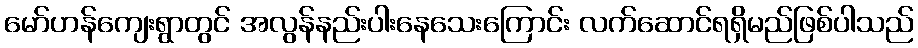
မော်ဟန်ကျေးရွာတွင် အလွန်နည်းပါးနေသေးကြောင်း လက်ဆောင်ရရှိမည်ဖြစ်ပါသည်